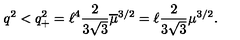
q ^ { 2 } < q _ { + } ^ { 2 } = \ell ^ { 4 } \frac { 2 } { 3 \sqrt { 3 } } \overline { { \mu } } ^ { 3 / 2 } = \ell \frac { 2 } { 3 \sqrt { 3 } } \mu ^ { 3 / 2 } .